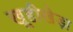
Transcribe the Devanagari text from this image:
खूहीखेड़ा